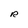
Character: R